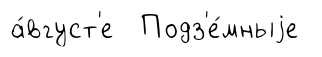
а́вгуст'е Подз'е́мныjе